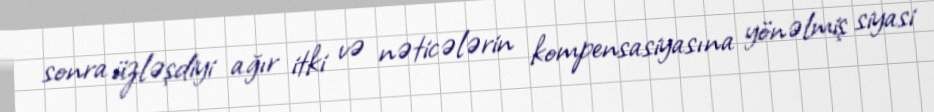
sonra üzləşdiyi ağır itki və nəticələrin kompensasiyasına yönəlmiş siyasi